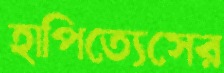
হাপিত্যেসের